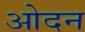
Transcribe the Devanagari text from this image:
ओदन